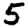
Digit: 5